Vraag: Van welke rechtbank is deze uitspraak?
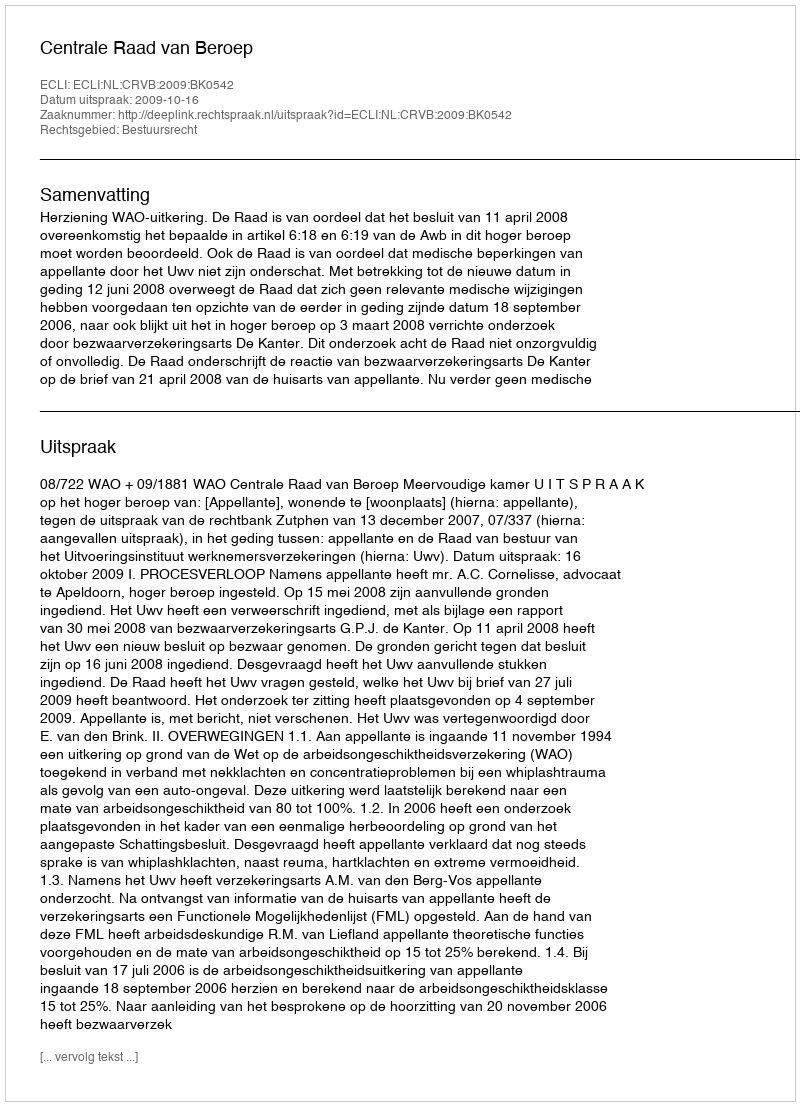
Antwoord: Centrale Raad van Beroep